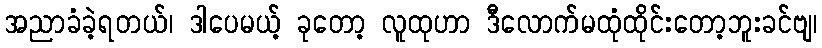
အညာခံခဲ့ရတယ်၊ ဒါပေမယ့် ခုတော့ လူထုဟာ ဒီလောက်မထုံထိုင်းတော့ဘူးခင်ဗျ၊